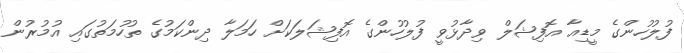
ފުލުހުންގެ މީޑިއާ އޮފިޝަލް ވިދާޅުވީ ފުލުހުންގެ އޮފިޝަލަކަށް ހަމަލާ ދިންކަމުގެ ތުހުމަތުގައި އުމުރުން